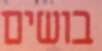
בושים